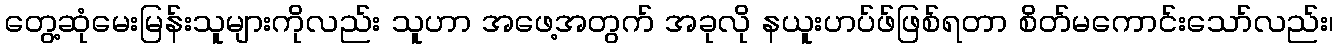
တွေ့ဆုံမေးမြန်းသူများကိုလည်း သူဟာ အဖေ့အတွက် အခုလို နယူးဟပ်ဖ်ဖြစ်ရတာ စိတ်မကောင်းသော်လည်း၊